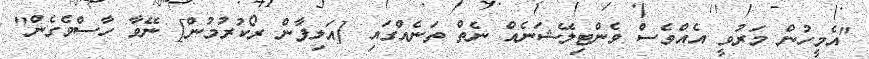
"އެމީހުން މަރުވީ އެއްވެސް ވެންޓިލޭޝަނެއް ނެތް ތަނެއްގައި [އަލިފާން ރޯކުރުމުން] ނޭވާ ހާސްވެގެން"